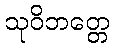
သုဝိဘတ္တေ